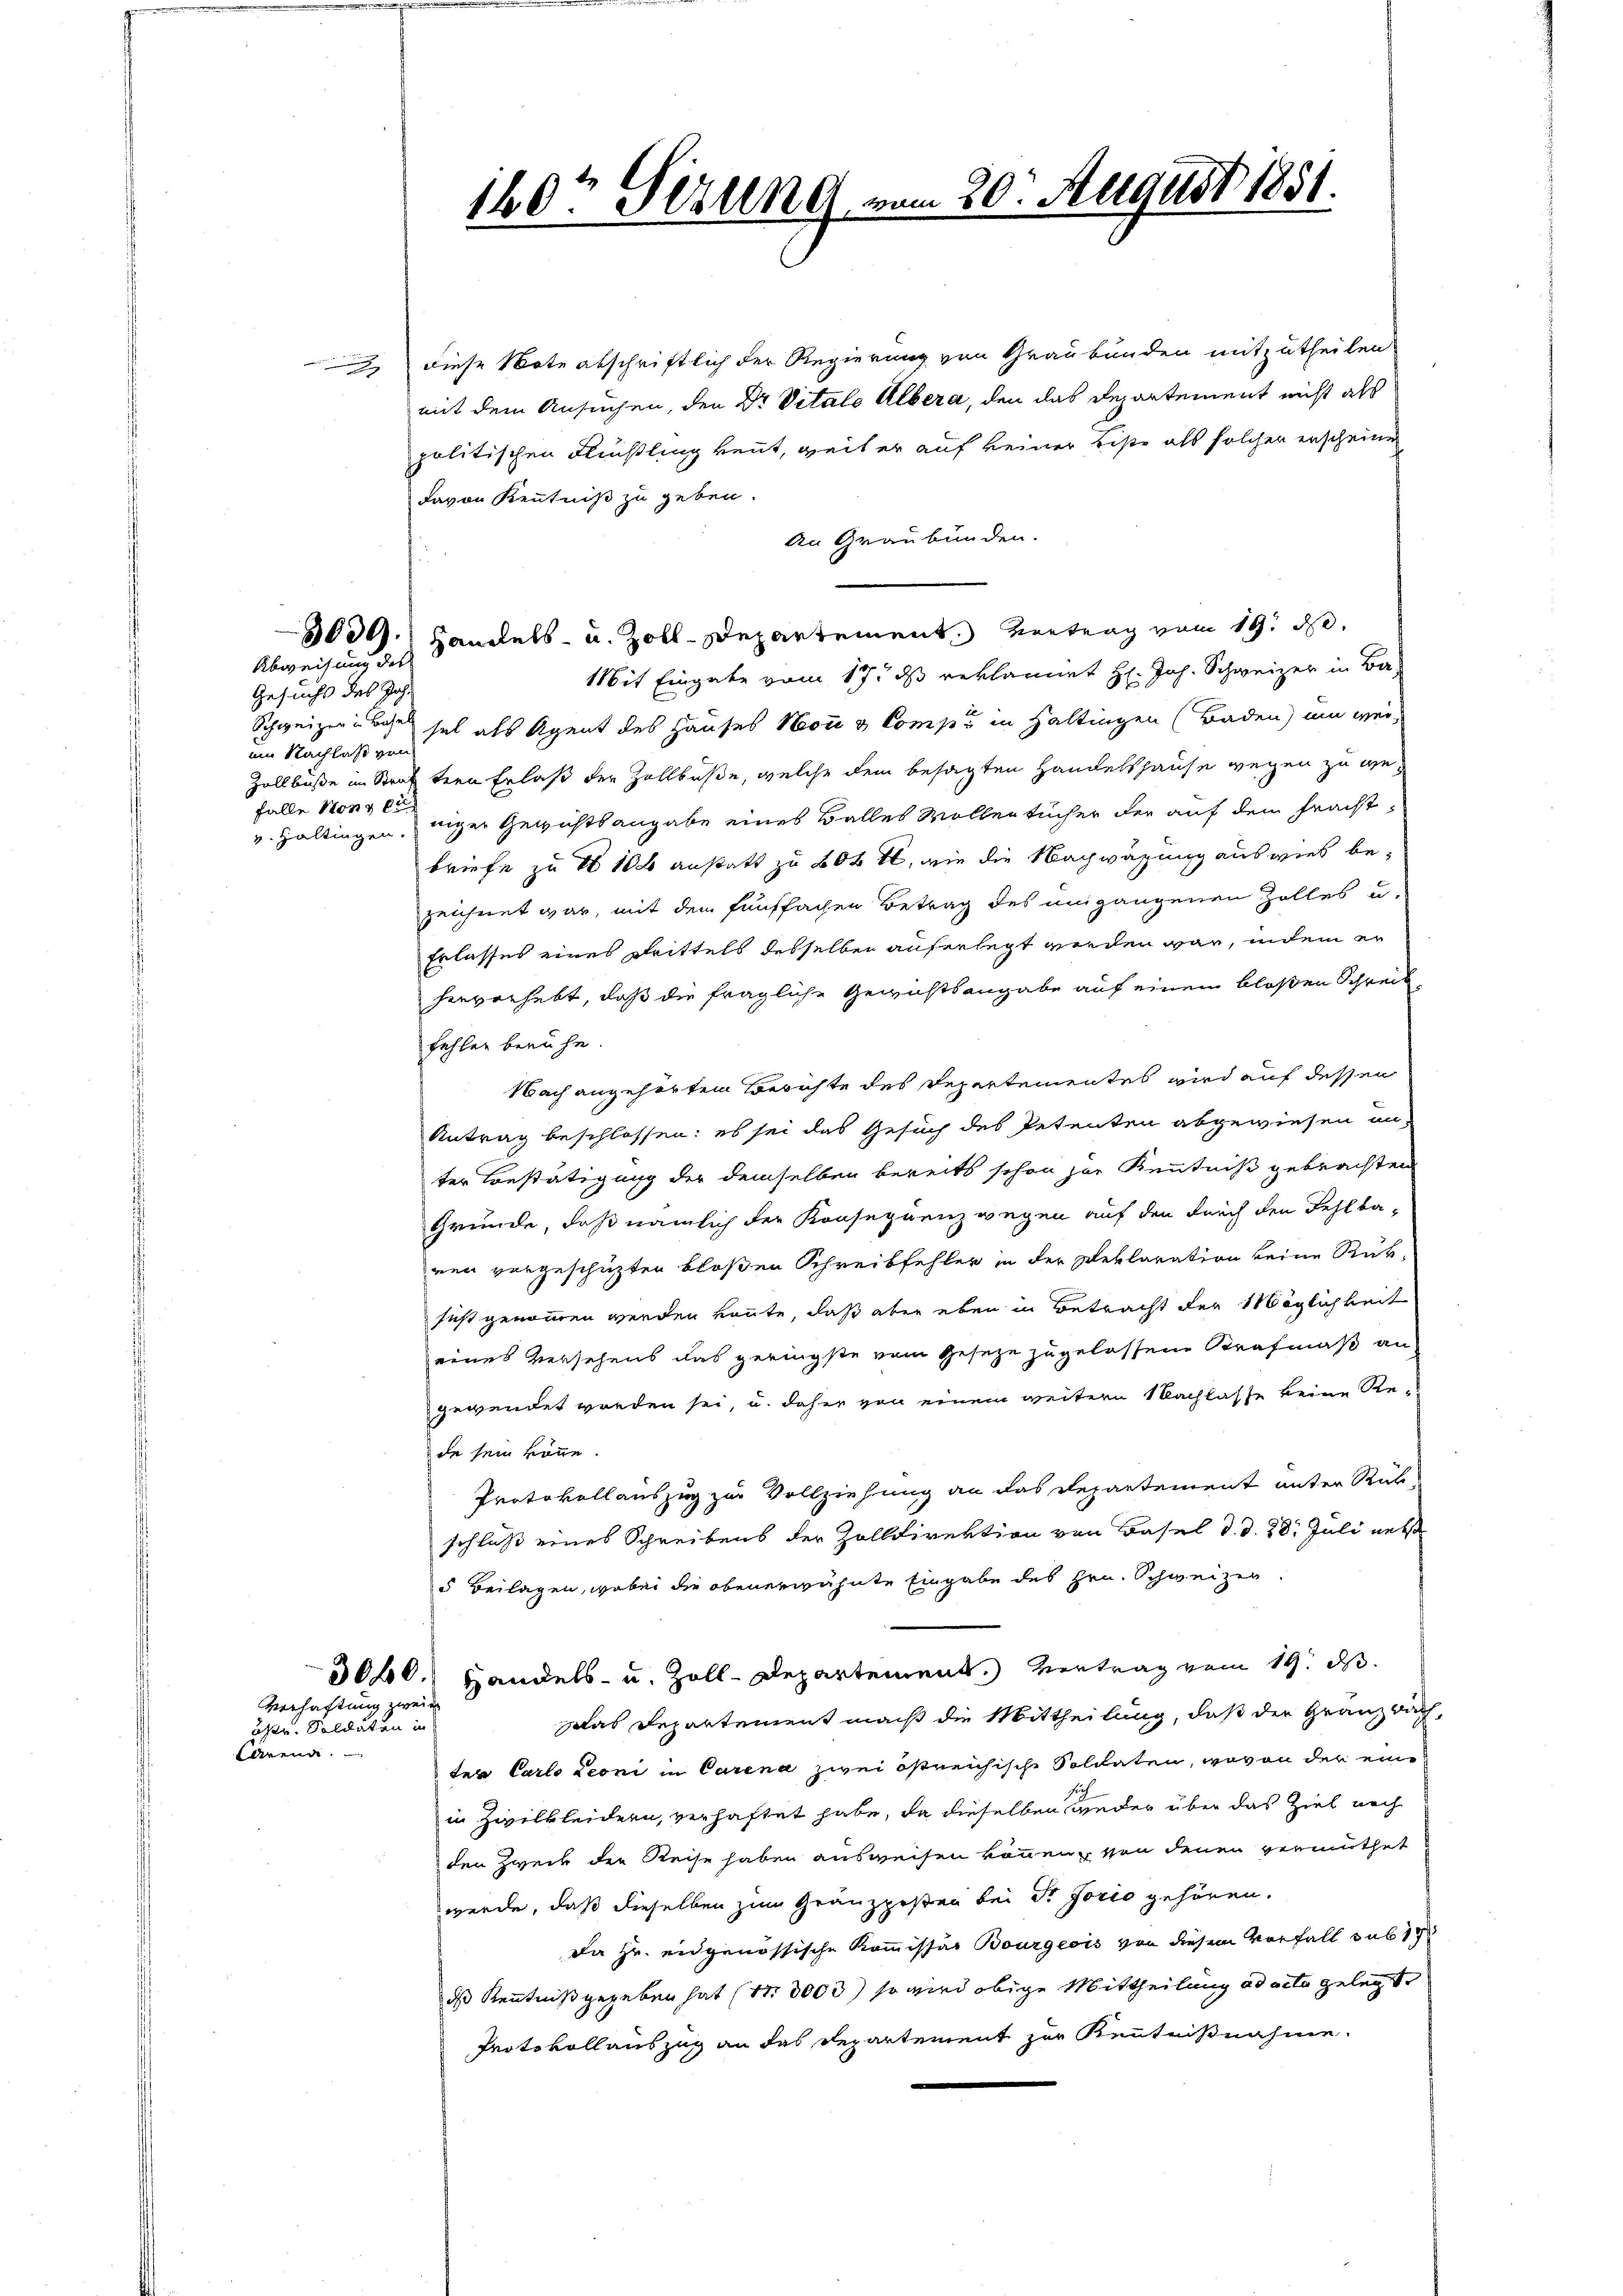
Gesuchs des Joh.
ein Nachlaß von
falle Non er

Abweisung des

diese Note abschriftlich der Regierung von Graubünden mitzutheilen
mit dem Ansuchen, den Dr. Vitals Albera, den das Departement nicht als
politischen Flüchtling kennt, weil er auf keiner Beste als solcher erscheinen
davon Kenntniß zu geben.
An Graubünden.
3009.) Handels- u. Zoll-Departement. Vertrag vom 19. d.
Mit Eingabe vom 17. ds reklamirt H. Joh. Schweizer in Ba-
Schweizer-Bassel als Agent des Hauses Non & Comp. in Haltingen (Baden) um wei¬
Zollbuße in Straß tern Erlaß der Zollbuße, welche dem besagten Handelshause wegen zu gev. Haltingen, niger Gewichtsangabe eines Balles Wollen tücher der auf dem Fracht-
briefe zu 1 106 anstatt zu 800 fl, wie die Nachwägung aus viel bezeichnet war, mit dem fünffachen Betrag des umgangenen Zolles u.
Erlasses eines Drittels desselben auferlegt werden war, indem er
hervorhebt, daß die fragliche Gewichtsangabe auf einem bloßen Schreib
fehlen beruhe.
Nach angehörten Berichte des Departementes wird auf dessen
Antrag beschlossen: es sei das Gesuch des Petenten abgewiesen un-
ter Bestätigung der demselben bereits schon zur Kenntniß gebrachten
Gründe, daß nämlich der Konsequenz wegen auf den durch den Fehlba-
nen vorgeschüzten bloßen Schreibfehler in der Deklaration keine Rück-
sust genommen werden könnte, daß aber eben in Betracht der Möglichkeit
eines Versehens das geringste vom Geseze zugelassene Strafmaß an
gewendet werden sei, u. daher von einem weitere Nachlasse keine Re-
de sein könne.
Protokollauszug zur Vollziehung an das Departement unter Rück-
schluß eines Schreibens der Zolldirektion von Basel d. d. 28. Juli nebst
5 Beilagen, wobei die obenerwähnte Eingabe des Hrn. Schweizer.
3040. Handels- u. Zoll-Departement. Vertrag vom 19. d.
Das Departement macht die Mittheilung, daß der Gränzbach,
ten Carlo Leoni in Carena zwei östreichische Soldaten, wovon der eine
in Zivilkleidern, verhaftet habe, da dieselben wieder über das Ziel noch
den Zweck der Reise haben ausweisen können, von denen vermuthet
werde, daß dieselben zum Gränzposten bei Sr Jorio gehören.
Da Hr. eidgenössische Kommissär Bourgeois von diesem Verfall sub 14
ds Kenntniß gegeben hat (13000) so wird obige Mittheilung ad acta gelegt
Protokollauszug an das Departement zur Kenntnißnahme

ärende. —

Verhaftung zweit
apr. Soldaten in

140. Ferung vom 20. August 1881.
d